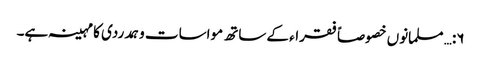
۶:… مسلمانوں خصوصاً فقراء کے ساتھ مواسات وہمدردی کا مہینہ ہے۔